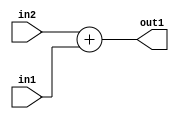
`timescale 1ps / 1ps
/*****************************************************************************
    Verilog RTL Description
    
    
    Created by: Stratus DpOpt 2019.1.01 
*******************************************************************************/

module st_feature_addr_gen_Add_16Ux8U_17U_4 (
	in2,
	in1,
	out1
	); /* architecture "behavioural" */ 
input [15:0] in2;
input [7:0] in1;
output [16:0] out1;
wire [16:0] asc001;

assign asc001 = 
	+(in2)
	+(in1);

assign out1 = asc001;
endmodule

/* CADENCE  ubLySQ0= : u9/ySgnWtBlWxVPRXgAZ4Og= ** DO NOT EDIT THIS LINE ******/